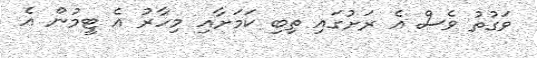
ވަގުތު ވެސް އެ ރަށުގައި ތިބި ކަމަށާއި މިހާރު އެ ޓީމުން އެ